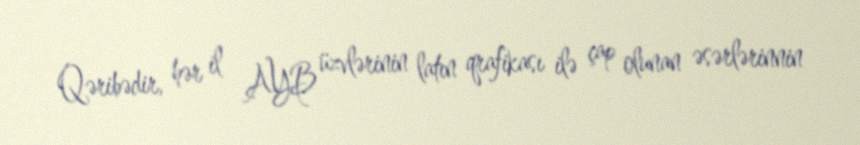
Qəribədir, hər il AYB üzvlərinin latın qrafikası ilə çap olunan əsərlərinnin